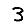
Digit: 3